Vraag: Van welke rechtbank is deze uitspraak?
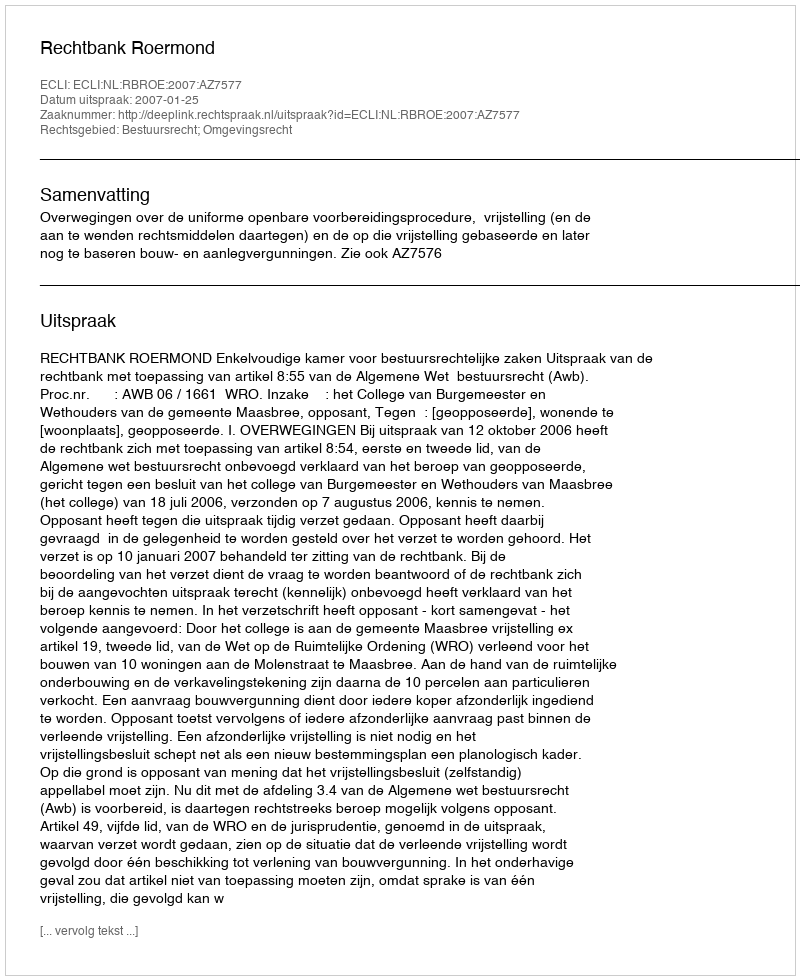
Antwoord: Rechtbank Roermond